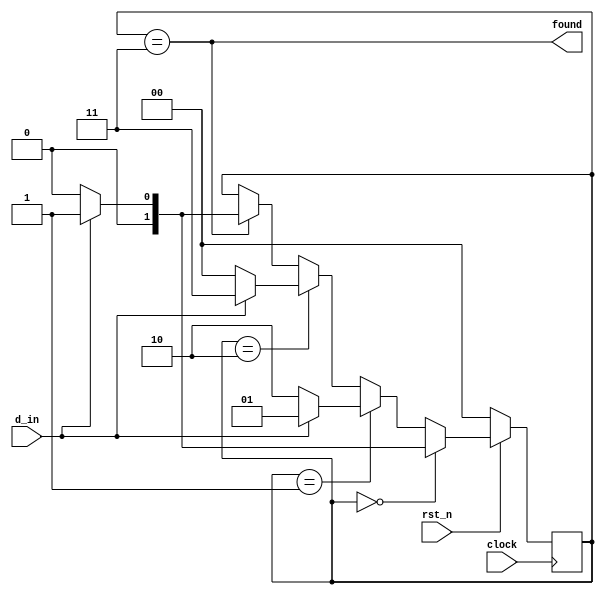
module lab6_seq_101(
	input rst_n,clock,d_in,
	output found
);
	reg [1:0] sv;
	assign found = sv==3;
	always @ (posedge clock) begin
		if(!rst_n)
			sv <= 0;
		else begin
			if(sv==0)
				if(d_in==0) sv <= 0;
				else sv <= 1;
			else if(sv==1)
				if(d_in==0) sv <= 2;
                                else sv <= 1;
			else if(sv==2)
                                if(d_in==0) sv <= 0;
                                else sv <= 3;
			else if(sv==3)
                                if(d_in==0) sv <= 0;
                                else sv <= 1;
		end
	end
endmodule